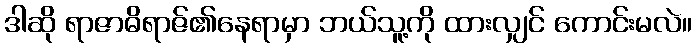
ဒါဆို ရာဇာဓိရာဇ်၏နေရာမှာ ဘယ်သူ့ကို ထားလျှင် ကောင်းမလဲ။